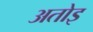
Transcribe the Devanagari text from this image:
अतोइ